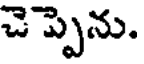
చెప్పెను.